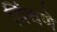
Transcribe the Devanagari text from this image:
विंधणे